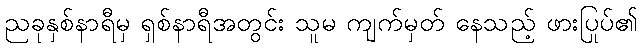
ညခုနှစ်နာရီမှ ရှစ်နာရီအတွင်း သူမ ကျက်မှတ် နေသည့် ဖားပြုပ်၏